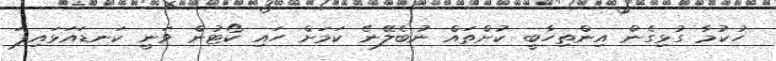
ހުކުމާ ގުޅިގެން އިންތިހާބީ ކުށްތައް ނުބެލޭނެ ކަމަށް ހައި ކޯޓުން ވަނީ ކަނޑައަޅައިފަ